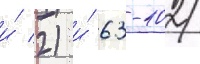
и́ 2) и́ 63-102